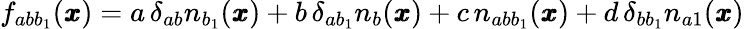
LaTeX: f_{abb_{1}}({\pmb x})=a\, \delta_{ab}n_{b_{1}}({\pmb x})+b\, \delta_{ab_{1}}n_{b}({\pmb x})+c\, n_{abb_{1}}({\pmb x})+d\, \delta_{bb_{1}}n_{a1}({\pmb x})